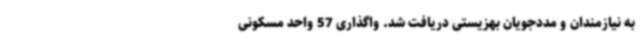
به نیازمندان و مددجویان بهزیستی دریافت شد. واگذاری 57 واحد مسکونی